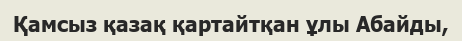
Қамсыз қазақ қартайтқан ұлы Абайды,